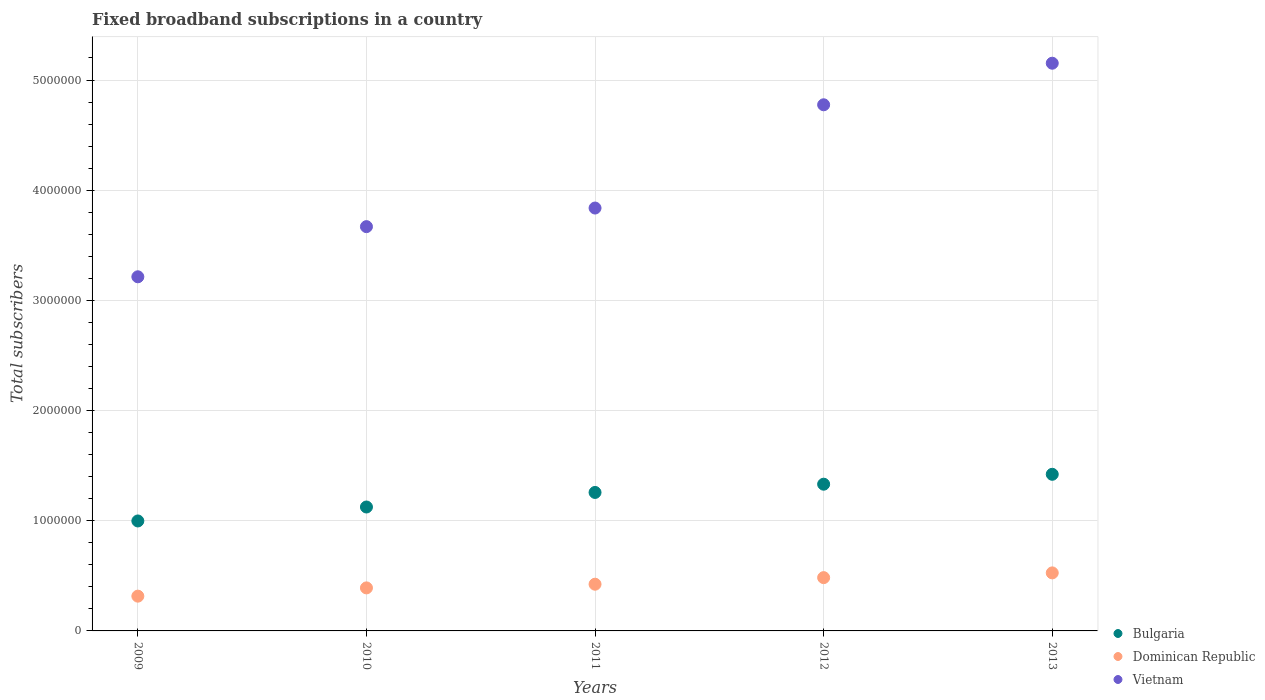
| Years | Bulgaria | Dominican Republic | Vietnam |
 | --- | --- | --- | --- |
 | 2009 | 9.98e+05 | 3.16e+05 | 3.21e+06 |
 | 2010 | 1.12e+06 | 3.91e+05 | 3.67e+06 |
 | 2011 | 1.26e+06 | 4.24e+05 | 3.84e+06 |
 | 2012 | 1.33e+06 | 4.84e+05 | 4.78e+06 |
 | 2013 | 1.42e+06 | 5.27e+05 | 5.15e+06 |